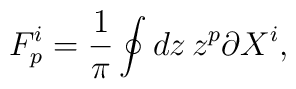
F_p^i = {1\over\pi}\oint dz\, z^p \partial X^i,